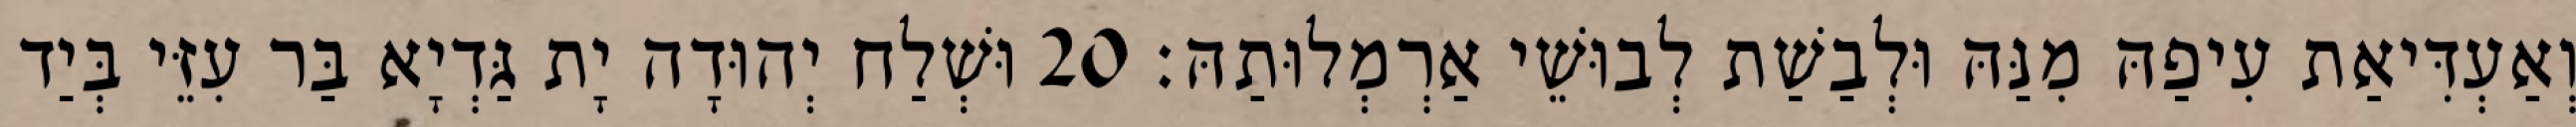
וְאַעְדִּיאַת עִיפַהּ מִנַּהּ וּלְבַשַׁת לְבוּשֵׁי אַרְמְלוּתַהּ׃ 20 וּשְׁלַח יְהוּדָה יָת גַּדְיָא בַּר עִזֵּי בְּיַד